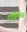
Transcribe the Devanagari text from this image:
एविलेस